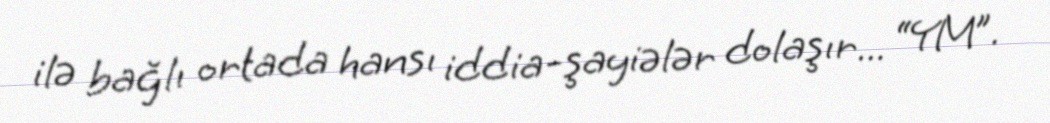
ilə bağlı ortada hansı iddia-şayiələr dolaşır... “YM”.